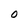
Character: 0